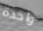
واحدة